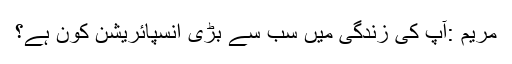
مریم :آپ کی زندگی میں سب سے بڑی انسپائریشن کون ہے؟